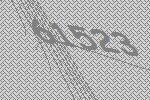
61523